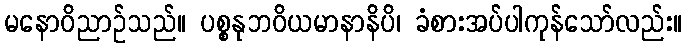
မနောဝိညာဉ်သည်။ ပစ္စနုဘဝိယမာနာနိပိ၊ ခံစားအပ်ပါကုန်သော်လည်း။